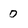
Character: 0